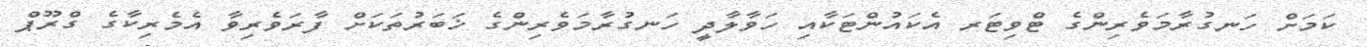
ކަމަށް ހަނގުރާމަވެރިންގެ ޓްވިޓަރ އެކައުންޓަކާއި ހަވާލާދީ ހަނގުރާމަވެރިންގެ ޚަބަރުތަކަށް ފާރަވެރިވާ އެމެރިކާގެ ގްރޫޕް